system: You are a helpful assistant.
user:
Analyze the provided spectrum to determine if it is a **Carbon Star (C-type)**.

- **Key Visual Indicators of Carbon Star:**
    - **(Primary):** Strong molecular absorption from **C₂ (diatomic carbon) "Swan Bands."** This is the **defining feature** of a carbon star.
        - **(Key Bandheads):** Sharp absorption edges are visible at approximately $5635$ Å, $5165$ Å (the strongest band), and $4737$ Å.
        - **(Line Profile):** Creates a distinct **"saw-tooth"** pattern. The key morphology is a sharp, steep bandhead on the **red (long-wavelength) side**, which then gradually tapers off (i.e., flux recovers) towards the **blue (short-wavelength) side**. *(This is the direct opposite of the TiO bands seen in M-type stars)*.

    - **(Secondary):** Intense **CN (cyanogen)** molecular absorption bands.
        - **(Key Bandheads):** Located in the blue and violet regions of the spectrum (e.g., near $4215$ Å and $3883$ Å).
        - **(Morphology):** These bands are extremely broad and act as a "blanket," absorbing the vast majority of blue and violet light. This creates a characteristic **"cliff"** or **"steep drop-off"** in the spectrum's flux at short wavelengths.

    - **(Key Confirmation):** Strong **CH absorption band (G-band)**.
        - **(Key Bandhead):** Located around $4300$ Å. The contribution from CH molecules to this band is exceptionally strong.

    - **(Overall Spectrum):**
        - The continuum is severely "chopped up" by these deep molecular bands, especially C₂, rather than appearing as a smooth curve.
        - Due to the heavy CN and C₂ absorption in the blue-green, the vast majority of the star's flux is concentrated in the red part of the spectrum, giving the star its characteristic deep red color.

Think first, call **spectral_visualization_tool** if needed to examine features in detail, then provide your final answer. Your response must adhere to the following strict rules:
1.  **Overall Structure:** Your response must follow the format `<think>...</think> <tool_call>...</tool_call> (if a tool is used) <answer>...</answer>`.
2.  **Tool Usage Constraint:** You may only make **one** tool call per turn.
3.  **Final Answer Format:** In the `<answer>` tag, your conclusion must be inside a `\boxed{}` command (e.g., `\boxed{YES}`), followed by your justification.

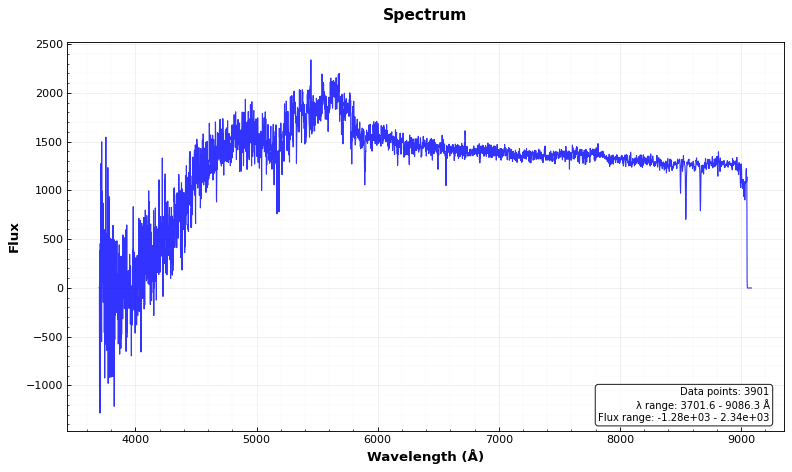
Answer: NO